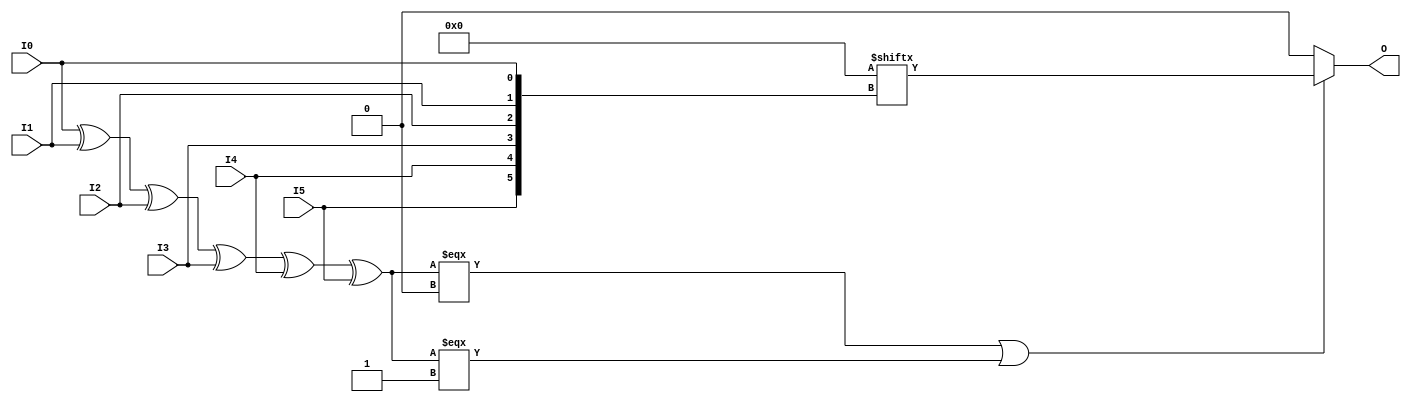
///////////////////////////////////////////////////////////////////////////////
//    Copyright (c) 1995/2016 Xilinx, Inc.
// 
//    Licensed under the Apache License, Version 2.0 (the "License");
//    you may not use this file except in compliance with the License.
//    You may obtain a copy of the License at
// 
//        http://www.apache.org/licenses/LICENSE-2.0
// 
//    Unless required by applicable law or agreed to in writing, software
//    distributed under the License is distributed on an "AS IS" BASIS,
//    WITHOUT WARRANTIES OR CONDITIONS OF ANY KIND, either express or implied.
//    See the License for the specific language governing permissions and
//    limitations under the License.
///////////////////////////////////////////////////////////////////////////////
//   ____  ____
//  /   /\/   /
// /___/  \  /    Vendor      : Xilinx
// \   \   \/     Version     : 2017.1
//  \   \         Description : Xilinx Unified Simulation Library Component
//  /   /                  6-Bit Look-Up Table
// /___/   /\     Filename : LUT6.v
// \   \  /  \
//  \___\/\___\
//
///////////////////////////////////////////////////////////////////////////////
//  Revision:
//    03/23/04 - Initial version.
//    02/04/05 - Replace primitive with function; Remove buf.
//    01/07/06 - 222733 - Add LOC Parameter
//    06/04/07 - Add wire declaration to internal signal.
//    12/13/11 - 524859 - Added `celldefine and `endcelldefine
//    09/12/16 - ANSI ports, speed improvements
//  End Revision:
///////////////////////////////////////////////////////////////////////////////

`timescale 1 ps/1 ps

`celldefine

module LUT6 #(
`ifdef XIL_TIMING
  parameter LOC = "UNPLACED",
`endif
  parameter [63:0] INIT = 64'h0000000000000000
)(
  output O,

  input I0,
  input I1,
  input I2,
  input I3,
  input I4,
  input I5
);

// define constants
  localparam MODULE_NAME = "LUT6";

  reg trig_attr = 1'b0;
// include dynamic registers - XILINX test only
`ifdef XIL_DR
  `include "LUT6_dr.v"
`else
  reg [63:0] INIT_REG = INIT;
`endif

// begin behavioral model

  reg O_out;

  assign O = O_out;

  function lut_mux8_f;
  input [7:0] d;
  input [2:0] s;
  begin
    if (((s[2]^s[1]^s[0]) === 1'b1) || ((s[2]^s[1]^s[0]) === 1'b0))
      lut_mux8_f = d[s];
    else if ( ~(|d) || &d)
      lut_mux8_f = d[0];
    else if ((((s[1]^s[0]) === 1'b1) || ((s[1]^s[0]) === 1'b0)) &&
             (d[{1'b0,s[1:0]}] === d[{1'b1,s[1:0]}]))
      lut_mux8_f = d[{1'b0,s[1:0]}];
    else if ((((s[2]^s[0]) === 1'b1) || ((s[2]^s[0]) === 1'b0)) &&
             (d[{s[2],1'b0,s[0]}] === d[{s[2],1'b1,s[0]}]))
      lut_mux8_f = d[{s[2],1'b0,s[0]}];
    else if ((((s[2]^s[1]) === 1'b1) || ((s[2]^s[1]) === 1'b0)) &&
             (d[{s[2],s[1],1'b0}] === d[{s[2],s[1],1'b1}]))
      lut_mux8_f = d[{s[2:1],1'b0}];
    else if (((s[0] === 1'b1) || (s[0] === 1'b0)) &&
             (d[{1'b0,1'b0,s[0]}] === d[{1'b0,1'b1,s[0]}]) &&
             (d[{1'b0,1'b0,s[0]}] === d[{1'b1,1'b0,s[0]}]) &&
             (d[{1'b0,1'b0,s[0]}] === d[{1'b1,1'b1,s[0]}]))
      lut_mux8_f = d[{1'b0,1'b0,s[0]}];
    else if (((s[1] === 1'b1) || (s[1] === 1'b0)) &&
             (d[{1'b0,s[1],1'b0}] === d[{1'b0,s[1],1'b1}]) &&
             (d[{1'b0,s[1],1'b0}] === d[{1'b1,s[1],1'b0}]) &&
             (d[{1'b0,s[1],1'b0}] === d[{1'b1,s[1],1'b1}]))
      lut_mux8_f = d[{1'b0,s[1],1'b0}];
    else if (((s[2] === 1'b1) || (s[2] === 1'b0)) &&
             (d[{s[2],1'b0,1'b0}] === d[{s[2],1'b0,1'b1}]) &&
             (d[{s[2],1'b0,1'b0}] === d[{s[2],1'b1,1'b0}]) &&
             (d[{s[2],1'b0,1'b0}] === d[{s[2],1'b1,1'b1}]))
      lut_mux8_f = d[{s[2],1'b0,1'b0}];
    else
      lut_mux8_f = 1'bx;
  end
  endfunction

 always @(I0 or I1 or I2 or I3 or I4 or I5)  begin
   if ( (I0 ^ I1  ^ I2 ^ I3 ^ I4 ^ I5) === 1'b0 || (I0 ^ I1  ^ I2 ^ I3 ^ I4 ^ I5) === 1'b1)
     O_out = INIT_REG[{I5, I4, I3, I2, I1, I0}];
   else if ( ~(|INIT_REG) || &INIT_REG )
     O_out = INIT_REG[0];
   else
     O_out = lut_mux8_f ({lut_mux8_f (INIT_REG[63:56], {I2, I1, I0}),
                      lut_mux8_f (INIT_REG[55:48], {I2, I1, I0}),
                      lut_mux8_f (INIT_REG[47:40], {I2, I1, I0}),
                      lut_mux8_f (INIT_REG[39:32], {I2, I1, I0}),
                      lut_mux8_f (INIT_REG[31:24], {I2, I1, I0}),
                      lut_mux8_f (INIT_REG[23:16], {I2, I1, I0}),
                      lut_mux8_f ( INIT_REG[15:8], {I2, I1, I0}),
                      lut_mux8_f (  INIT_REG[7:0], {I2, I1, I0})}, {I5, I4, I3});
 end

// end behavioral model

`ifdef XIL_TIMING
  specify
	(I0 => O) = (0:0:0, 0:0:0);
	(I1 => O) = (0:0:0, 0:0:0);
	(I2 => O) = (0:0:0, 0:0:0);
	(I3 => O) = (0:0:0, 0:0:0);
	(I4 => O) = (0:0:0, 0:0:0);
	(I5 => O) = (0:0:0, 0:0:0);
	specparam PATHPULSE$ = 0;
  endspecify
`endif

endmodule

`endcelldefine